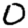
Digit: 0